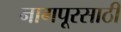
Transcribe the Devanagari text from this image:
नागपूरसाठी